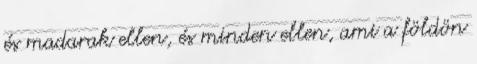
és madarak ellen, és minden ellen, ami a földön